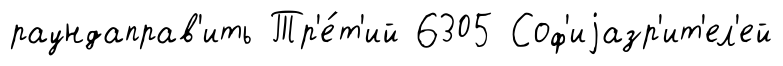
раундаправ'ить Тр'е́т'ий 6305 Соф'иjазр'ит'ел'ей